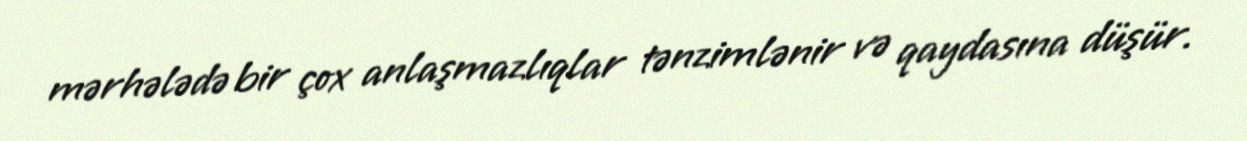
mərhələdə bir çox anlaşmazlıqlar tənzimlənir və qaydasına düşür.